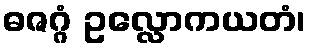
ဓဇဂ္ဂံ ဥလ္လောကယတံ၊